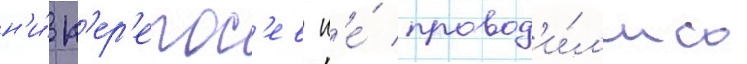
н'и́ п'ер'епос'ев н'е́ провод'и́л'ись